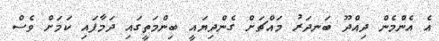
އެ އެންމެން ދިއްދޫ ބަނދަރު މައްޗަށް ގެންދިޔައީ ބިންމަތީގައި ދަމާފައި ކަމަށް ވެސް